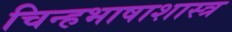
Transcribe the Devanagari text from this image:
चिन्हभाषाशास्त्र